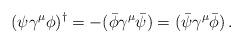
LaTeX: \begin{align*}(\psi\gamma^\mu\phi)^\dagger=-(\bar\phi\gamma^\mu\bar\psi)=(\bar\psi\gamma^\mu\bar\phi)\,.\end{align*}